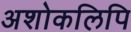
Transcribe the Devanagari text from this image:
अशोकलिपि